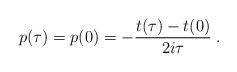
LaTeX: \begin{align*}p(\tau)=p(0)=-{t(\tau)-t(0)\over 2i\tau}\; .\end{align*}